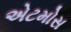
એટમોસ